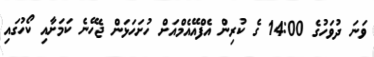
ވަނަ ދުވަހުގެ 14:00 ގެ ކުރިން އެފްއޭއެމްއަށް ހުށަހަޅަން ޖެހޭނެ ކަމަށާއި ކޯހުގައި